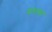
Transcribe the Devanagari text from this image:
प्रथन्ता